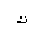
Letter: _kaf